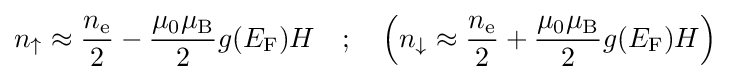
n_{\uparrow }\approx {\frac {n_{\text{e}}}{2}}-{\frac {\mu _{0}\mu _{\mathrm {B} }}{2}}g(E_{\mathrm {F} })H\quad ;\quad \left(n_{\downarrow }\approx {\frac {n_{\text{e}}}{2}}+{\frac {\mu _{0}\mu _{\mathrm {B} }}{2}}g(E_{\mathrm {F} })H\right)